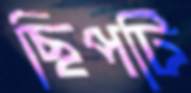
ছিপটি